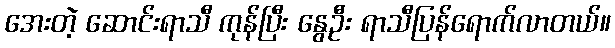
အေးတဲ့ ဆောင်းရာသီ ကုန်ပြီး နွေဦး ရာသီပြန်ရောက်လာတယ်။